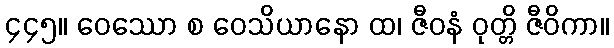
၄၄၅။ ဝေဿော စ ဝေသိယာနော ထ၊ ဇီဝနံ ဝုတ္တိ ဇီဝိကာ။